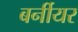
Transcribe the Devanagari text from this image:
बर्नीयर